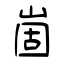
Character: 崮